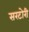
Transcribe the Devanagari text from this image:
सरटोरी